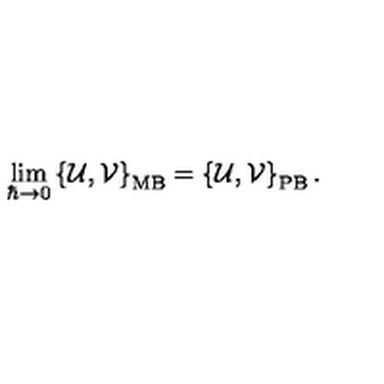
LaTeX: \lim _ { \hbar \to 0 } \left\{ { \mathcal { U } } , { \mathcal { V } } \right\} _ { \mathrm { M B } } = \left\{ { \mathcal { U } } , { \mathcal { V } } \right\} _ { \mathrm { P B } } .